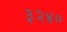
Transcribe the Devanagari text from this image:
३२४०